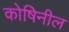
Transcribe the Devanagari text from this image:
कोषिनील